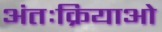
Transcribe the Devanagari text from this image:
अंतःक्रियाओ